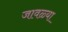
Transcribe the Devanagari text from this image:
जावळ्या